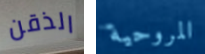
الذقن المروحية